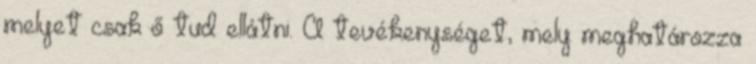
melyet csak ő tud ellátni. A tevékenységet, mely meghatározza